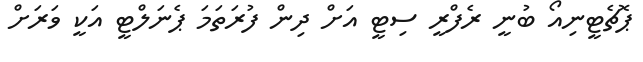
ޕޮޗެޓީނިއޯ ބުނީ ރެފްރީ ސިޓީ އަށް ދިން ފުރަތަމަ ޕެނަލްޓީ އަކީ ވަރަށް